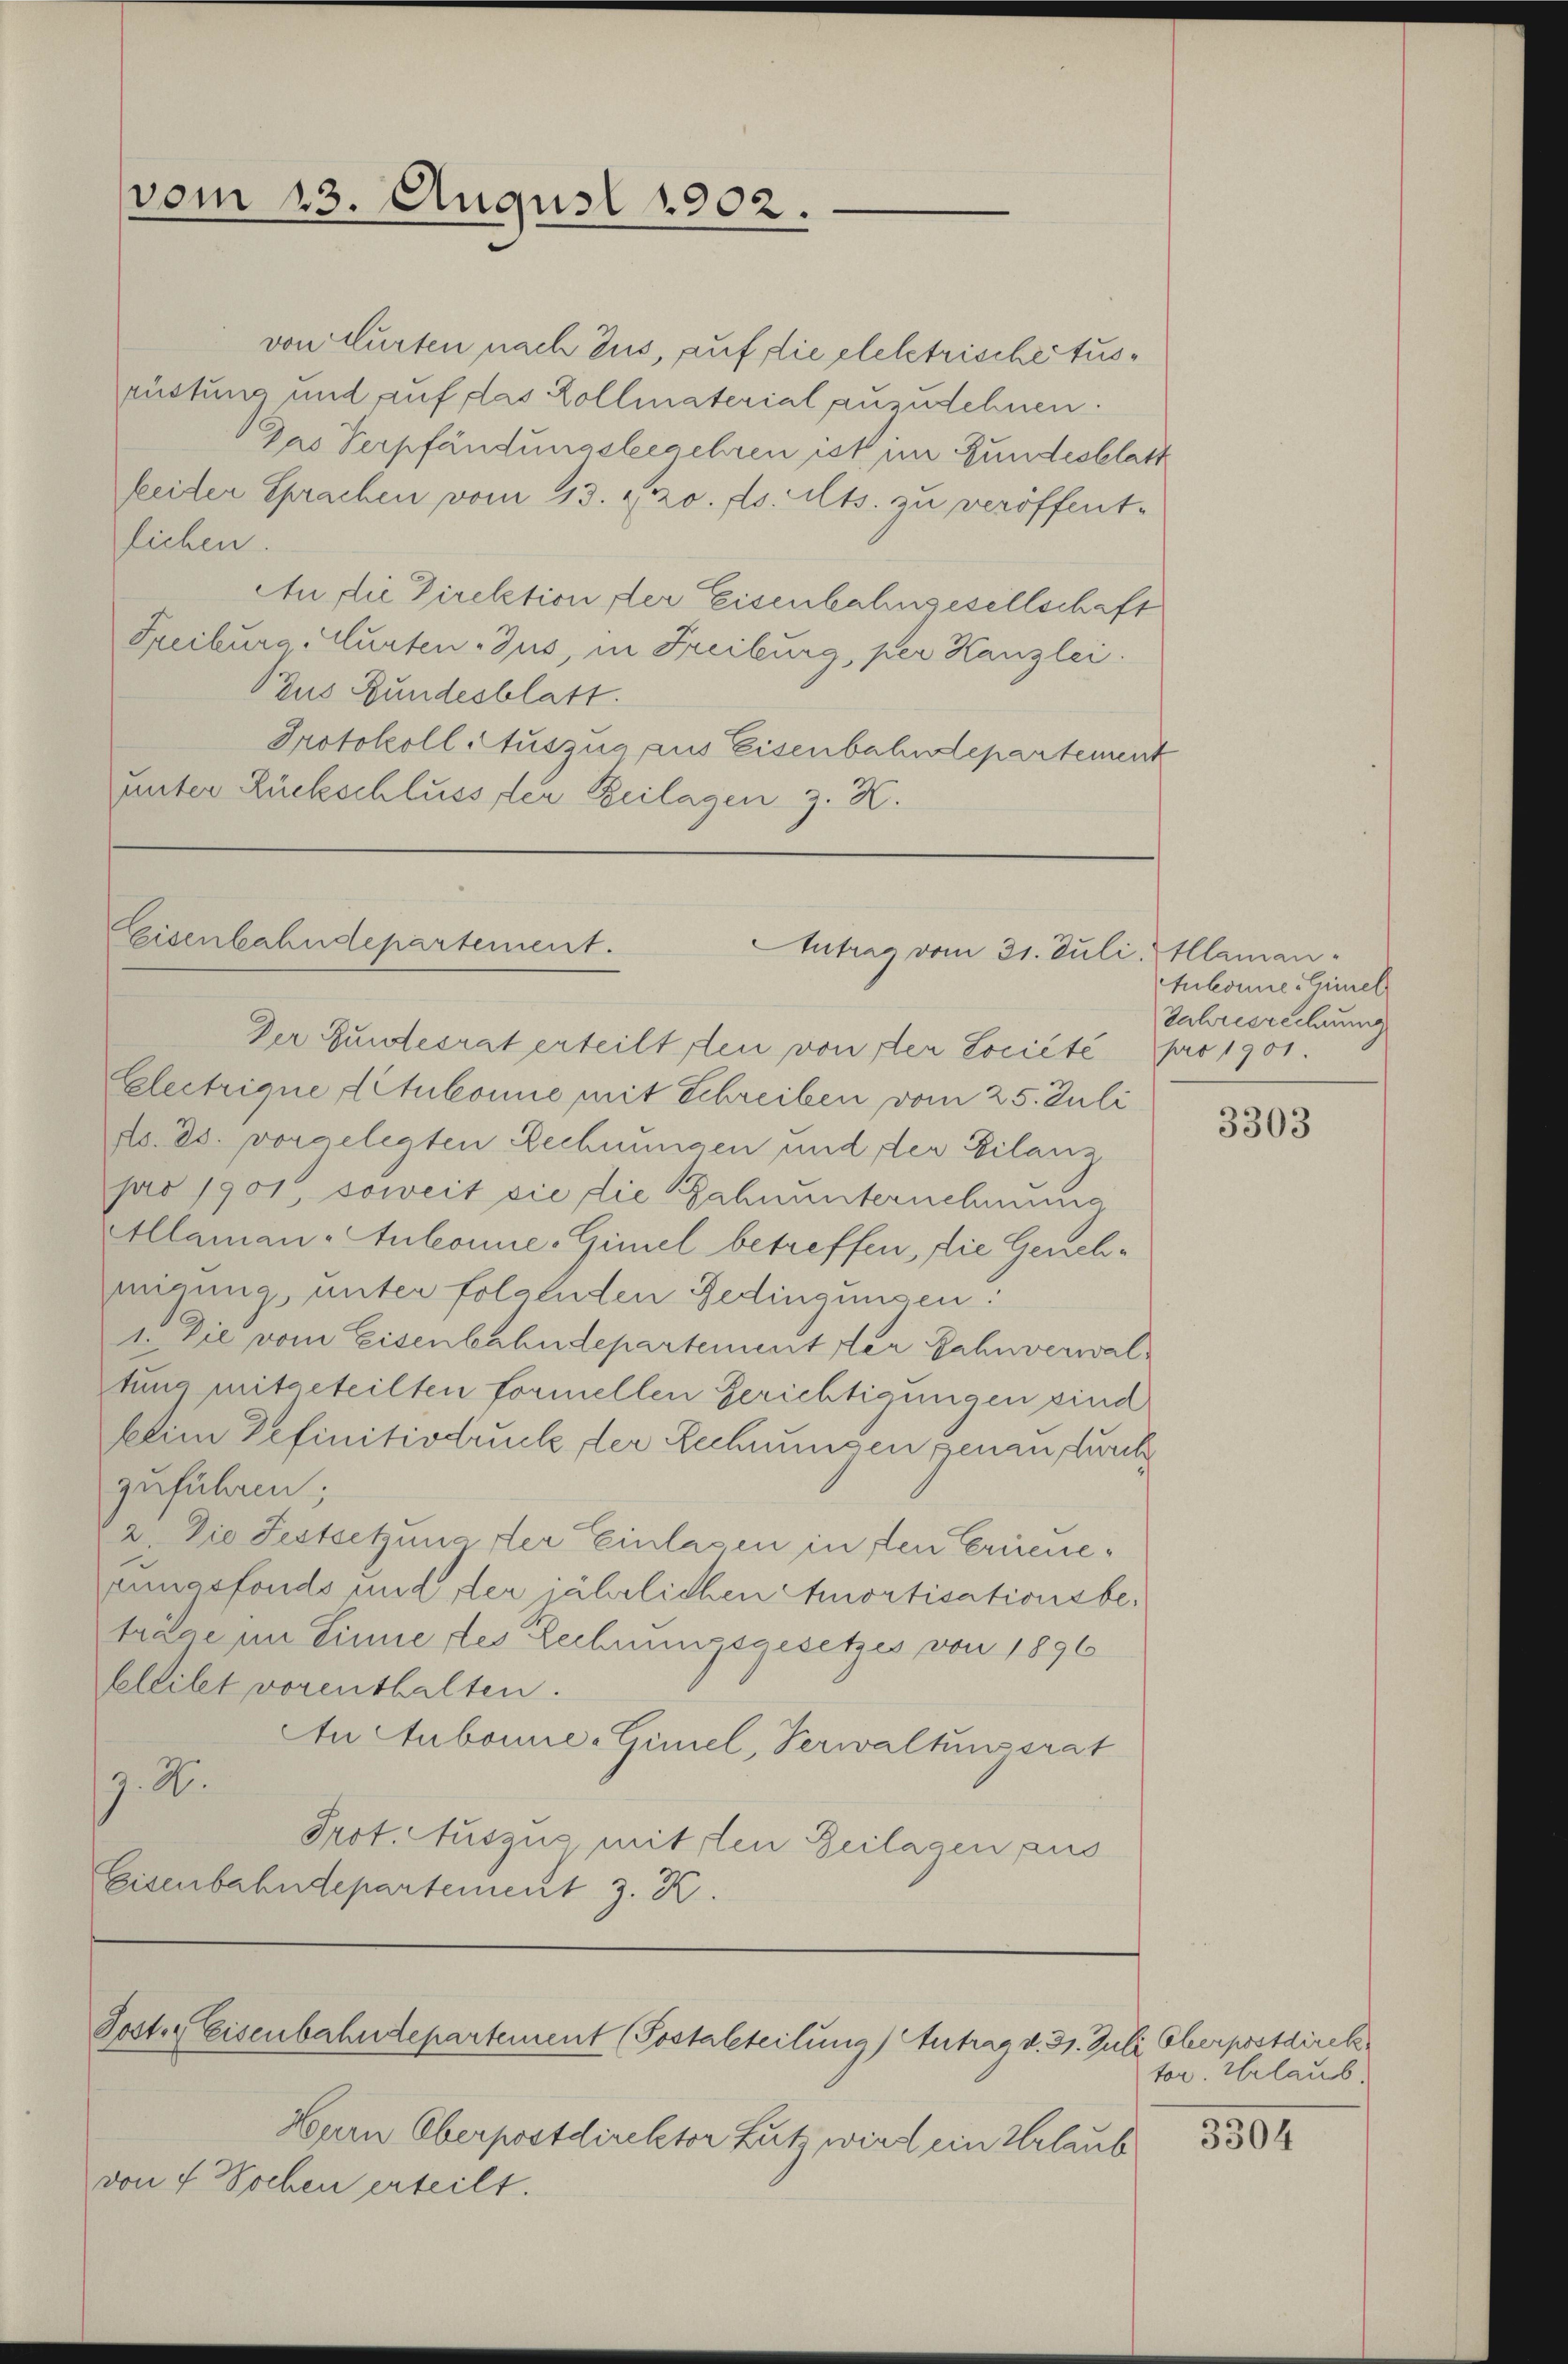
vom 23. August 1902.

von Murten nach aus, auf die eleletrischetusrüstung und auf das Kollmaterial anzudehnen.
Das Verpfändungsbegehren ist im Bundesblatt
feiter Sprachen vom 13. 220. ds. Mts. zu veröffent-
fichen.
An die Direktion der Eisenbahngesellschaft
Freiburg, Murten Jus, in Freiburg, per Kanzlei.
Bus Bundesblatt.
Protokoll Auszug aus Eisenbahndepartement
hunter Rückschluss der Beilagen z. K.

Eisenbahndepartement.
Antrag vom 31. Juli, Alaman¬

Post. Eisenbahndepartement (Postalteilung) Antrag d. 31. Juli Cherpostdirek

Der Bundesrat erteilt den von der Société pro 1901.
Electrique Titulonie mit Schreiben vom 25. Juli
do. ds. vorgelegten Rechnungen und der Eilanz
pro 1901, soweit sie die Bahnunternehmung
Allaman Anlonne-Gimel betreffen, die Genehmigung, unter folgenden Gedingungen:
1. Die vom Eisenbahndepartement der Bahnverwaltung mitgeteilten formellen Gerichtigungen sind
kein Definitivbruck der Rechnungen genann durch
zuführen;
2. Die Festsetzung der Einlasen in den Erireneeiasfonds und der jährlichen Amortisationsbeträge im Sinne des Lechnungsgesetzes von 1896
beleitet vorenthalten.
An Aubonne-Gimel, Verwaltungsrat
9. X.
Prot. Auszug, mit den Beilagen aus
Eisenbahndepartement z. K.

Herrn Oberpostdirektor Lutz wird ein Urlaub
von 4 Wochen erteilt.

tubonne. Gimel
Jahresrechnung

3303

tor. Urlaub.

3304